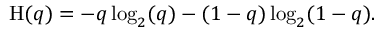
\mathrm { H } ( q ) = - q \log _ { 2 } ( q ) - ( 1 - q ) \log _ { 2 } ( 1 - q ) .